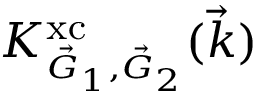
K _ { \scriptscriptstyle \vec { G } _ { 1 } , \vec { G } _ { 2 } } ^ { \mathrm { x c } } ( \vec { k } )